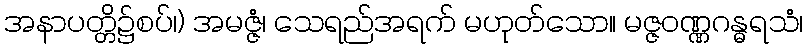
အနာပတ္တိ၌စပ်၊) အမဇ္ဇံ၊ သေရည်အရက် မဟုတ်သော။ မဇ္ဇဝဏ္ဏဂန္ဓရသံ၊